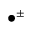
\bullet ^ { \pm }